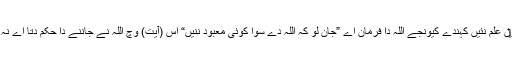
ایسی گل دے مننے نو‏‏ں علم نئيں کہندے کیونجے اللہ دا فرمان اے ”جان لو کہ اللہ دے سوا کوئی معبود ننيں“ اس (آیت) وچ اللہ نے جاننے دا حکم دتا اے نہ کہ گمان تے تقلید دا ۔